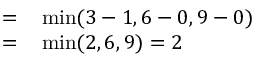
\begin{array} { r l } { = } & { { } \operatorname* { m i n } ( 3 - 1 , 6 - 0 , 9 - 0 ) } \\ { = } & { { } \operatorname* { m i n } ( 2 , 6 , 9 ) = 2 } \end{array}